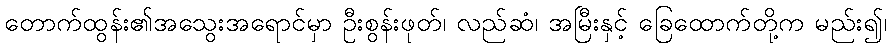
တောက်ထွန်း၏အသွေးအရောင်မှာ ဦးစွန်းဖုတ်၊ လည်ဆံ၊ အမြီးနှင့် ခြေထောက်တို့က မည်း၍၊